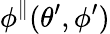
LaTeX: \phi^{\parallel}(\theta^{\prime},\phi^{\prime})